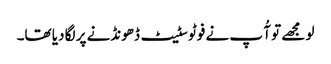
لو مجھے تو آُ پ نے فوٹو سٹیٹ ڈھونڈنے پر لگا دیا تھا۔